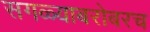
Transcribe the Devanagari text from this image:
सगळ्याबरोबरच